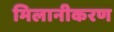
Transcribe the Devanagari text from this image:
मिलानीकरण